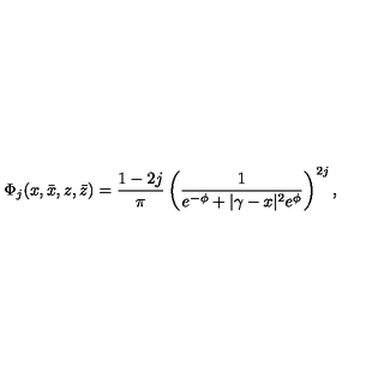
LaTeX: \Phi _ { j } ( x , \bar { x } , z , \bar { z } ) = \frac { 1 - 2 j } { \pi } \left( \frac { 1 } { e ^ { - \phi } + | \gamma - x | ^ { 2 } e ^ { \phi } } \right) ^ { 2 j } ,